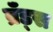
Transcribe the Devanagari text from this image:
ब्रॅंड्स